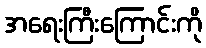
အရေးကြီးကြောင်းကို